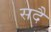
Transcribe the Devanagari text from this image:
सदै